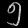
Digit: ၅